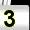
Digit: 3